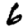
Digit: 6